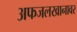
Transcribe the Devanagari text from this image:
अफजलखानावर